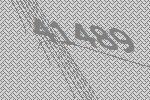
41489